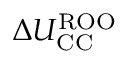
\Delta U _ { \mathrm { C C } } ^ { \mathrm { R O O } }